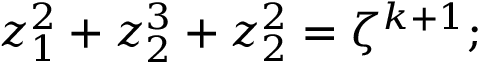
z _ { 1 } ^ { 2 } + z _ { 2 } ^ { 3 } + z _ { 2 } ^ { 2 } = \zeta ^ { k + 1 } ;